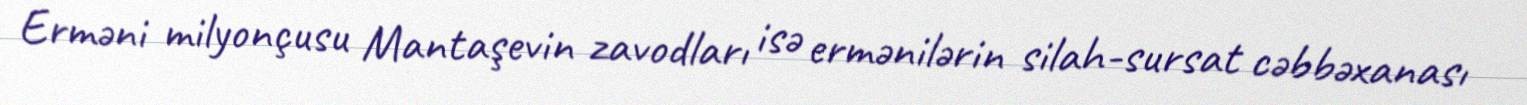
Erməni milyonçusu Mantaşevin zavodları isə ermənilərin silah-sursat cəbbəxanası